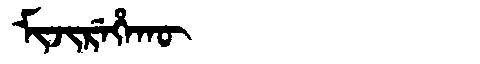
Manchu: ᠮᡳᠵᡳᡵᡝᡥᠠᡴᡡ
Romanization: MIJIREHAKŪ